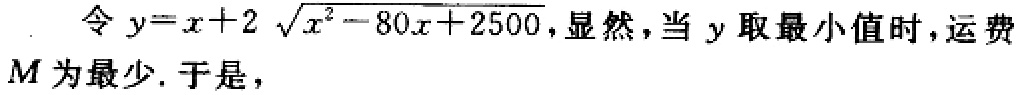
令 \(y = x + 2\sqrt{x^{2}-80x + 2500}\)，显然，当 \(y\) 取最小值时，运费 \(M\) 为最少. 于是，